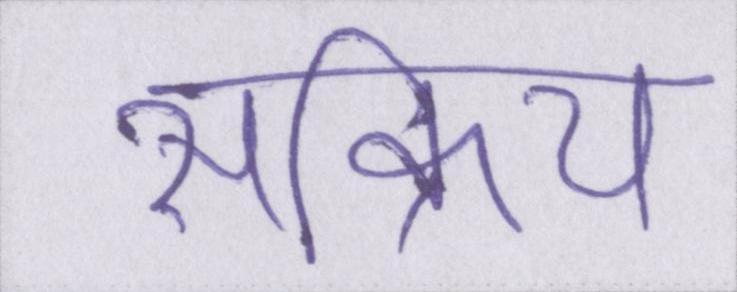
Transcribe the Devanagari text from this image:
सक्रिय